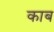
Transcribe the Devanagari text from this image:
काब